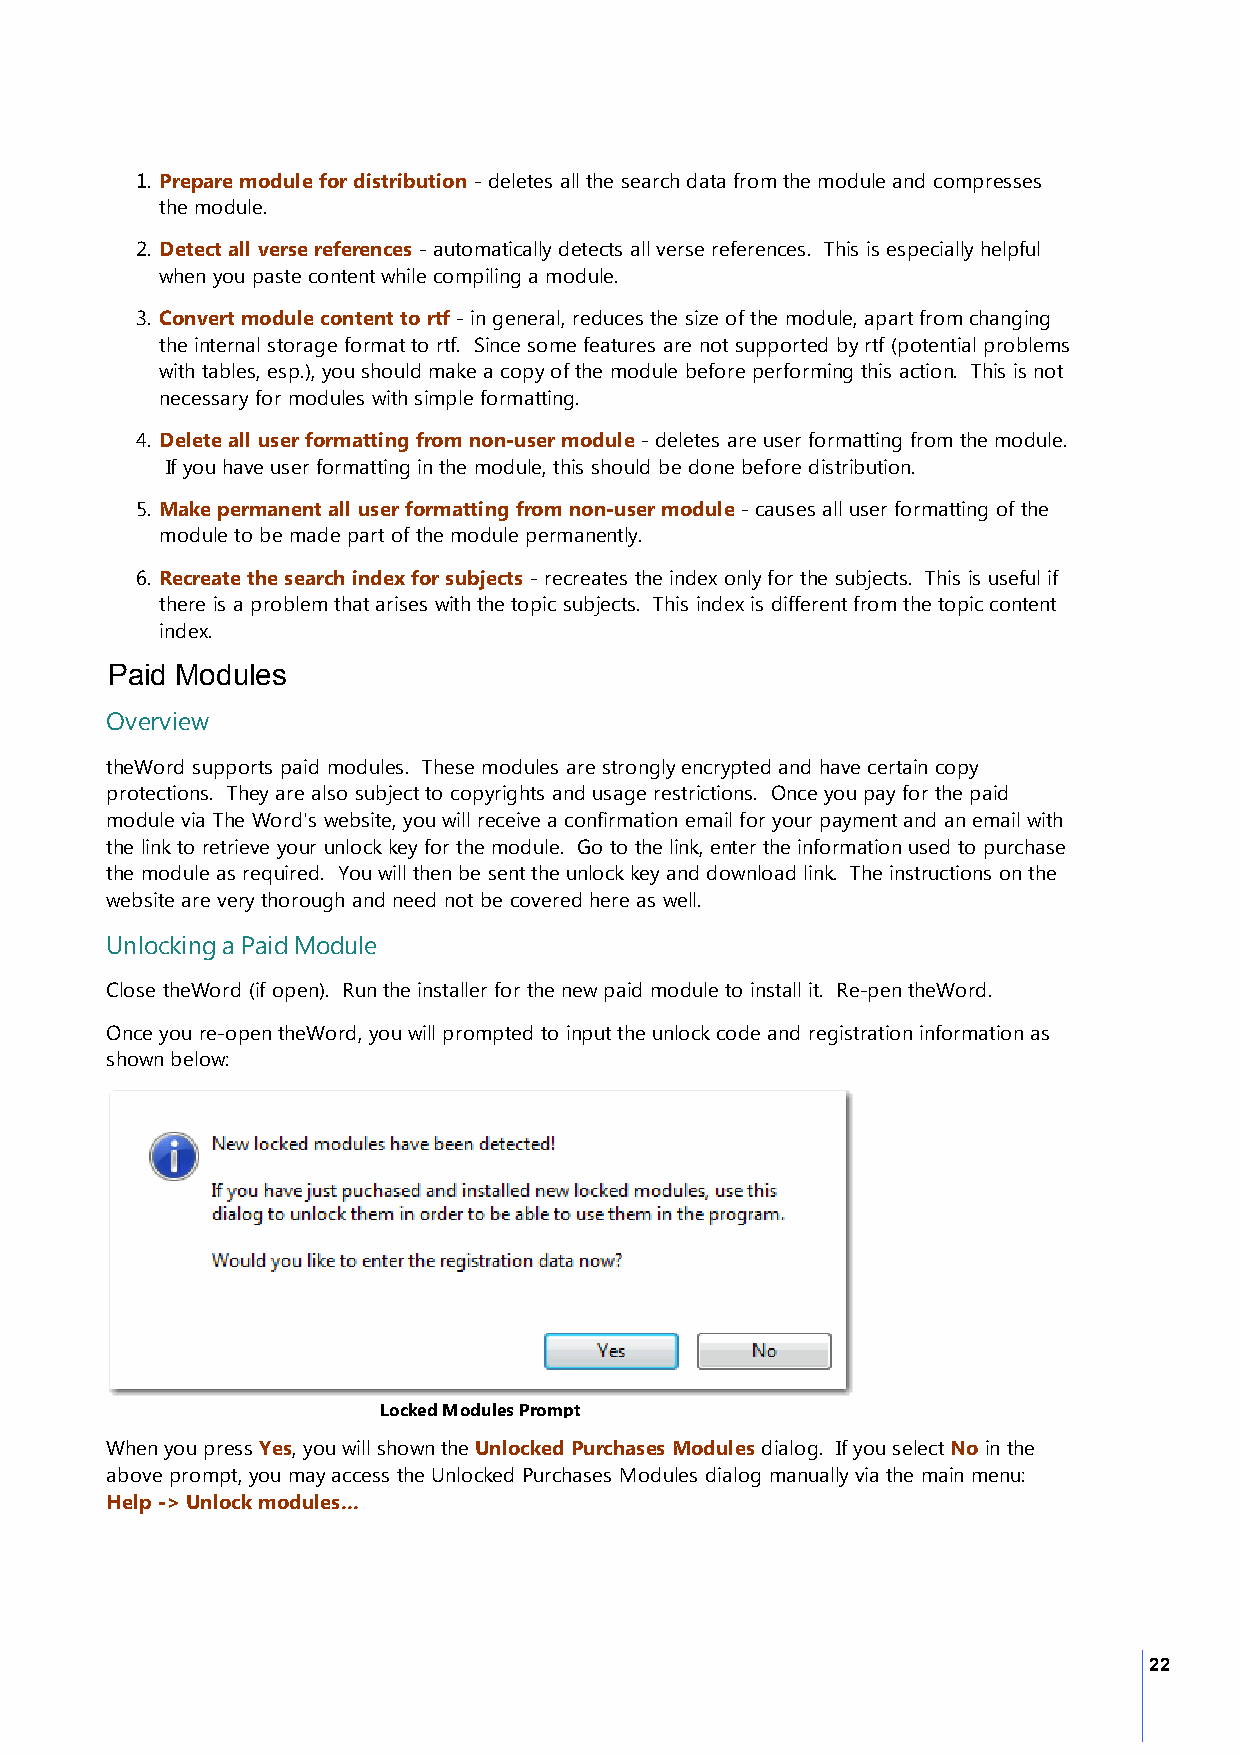
1. Prepare module for distribution - deletes all the search data from the module and compresses
 the module.
 2. Detect all verse references - automatically detects all verse references. This is especially helpful
 when you paste content while compiling a module.
 3. Convert module content to rtf - in general, reduces the size of the module, apart from changing
 the internal storage format to rtf. Since some features are not supported by rtf (potential problems
 with tables, esp.), you should make a copy of the module before performing this action. This is not
 necessary for modules with simple formatting.
 4. Delete all user formatting from non-user module - deletes are user formatting from the module.
 If you have user formatting in the module, this should be done before distribution.
 5. Make permanent all user formatting from non-user module - causes all user formatting of the
 module to be made part of the module permanently.
 6. Recreate the search index for subjects - recreates the index only for the subjects. This is useful if
 there is a problem that arises with the topic subjects. This index is different from the topic content
 index.
 Paid Modules
 Overview
 theWord supports paid modules. These modules are strongly encrypted and have certain copy
 protections. They are also subject to copyrights and usage restrictions. Once you pay for the paid
 module via The Word's website, you will receive a confirmation email for your payment and an email with
 the link to retrieve your unlock key for the module. Go to the link, enter the information used to purchase
 the module as required. You will then be sent the unlock key and download link. The instructions on the
 website are very thorough and need not be covered here as well.
 Unlocking a Paid Module
 Close theWord (if open). Run the installer for the new paid module to install it. Re-pen theWord.
 Once you re-open theWord, you will prompted to input the unlock code and registration information as
 shown below:
 Locked Modules Prompt
 When you press Yes, you will shown the Unlocked Purchases Modules dialog. If you select No in the
 above prompt, you may access the Unlocked Purchases Modules dialog manually via the main menu:
 Help -> Unlock modules...
 22